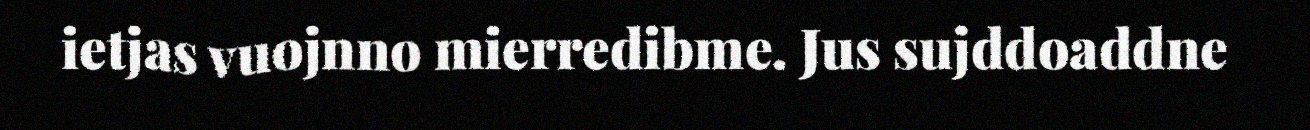
ietjas vuojnno mierredibme. Jus sujddoaddne